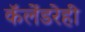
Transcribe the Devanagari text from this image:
कॅलेंडरेही